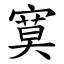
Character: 寞